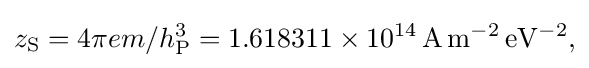
z_{\mathrm {S} }=4\mathrm {\pi } em/h_{\mathrm {P} }^{3}=1.618311\times 10^{14}\,{\rm {{A}\,m^{-2}\,eV^{-2},}}